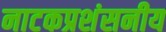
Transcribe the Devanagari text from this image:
नाटकप्रशंसनीय